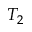
T _ { 2 }